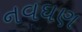
નવઘણ